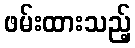
ဖမ်းထားသည့်